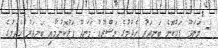
1- މަނަދޫ ފަޅުކޮނެ ބަނދަރު ހެދުމުގެ މަޝްރޫޢު މަނަދޫ ފަޅުކޮނުމާއި ބަނދަރު ހެދުމުގެ